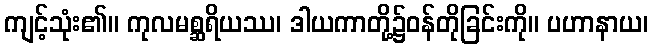
ကျင့်သုံး၏။ ကုလမစ္ဆရိယဿ၊ ဒါယကာတို့၌ဝန်တိုခြင်းကို။ ပဟာနာယ၊